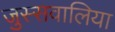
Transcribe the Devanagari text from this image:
जुस्सवालिया